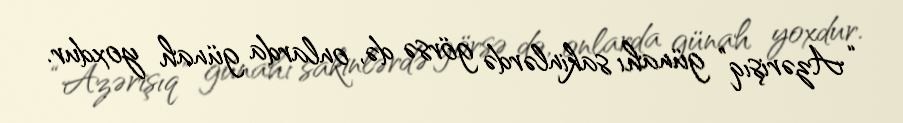
“Azərişıq” günahı sakinlərdə görsə də, onlarda günah yoxdur.